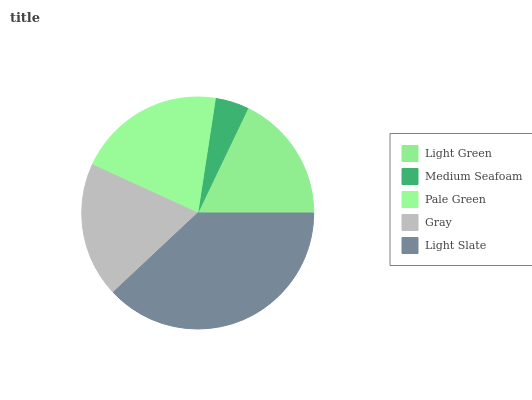
| Light Green | Medium Seafoam | Pale Green | Gray | Light Slate |
 | --- | --- | --- | --- | --- |
 | 17.9% | 4.69% | 20.6% | 18.8% | 38.1% |